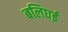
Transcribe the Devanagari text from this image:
बलिघई